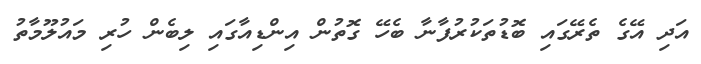
އަދި އޭގެ ތެރޭގައި ބޮޑުތަކުރުފާނާ ބެހޭ ގޮތުން އިންޑިއާގައި ލިބެން ހުރި މައުލޫމާތު